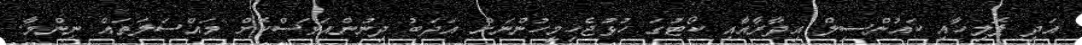
އަދި ޕޮލިހާއި ކައުންސިލް އިދާރާއާއި ކޯޓުގަ ހުޅުޖެހިމީހުންނަށް އަދަބު ދިނުންއަވަސްކޮށް މައްސަލަތައް ނިންމާ.